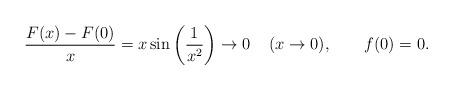
LaTeX: \begin{align*}\frac{F(x) -F(0)}x = x \sin\left(\frac 1{x^2}\right) \rightarrow 0\;\;\;\;(x \rightarrow 0),\;\;\;\;\;\;\;f(0)=0.\end{align*}